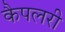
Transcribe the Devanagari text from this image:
कैपलरी